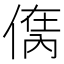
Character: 𠋮